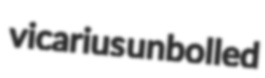
vicarius unbolled